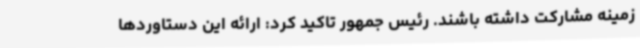
زمینه مشارکت داشته باشند. رئیس جمهور تاکید کرد: ارائه این دستاوردها